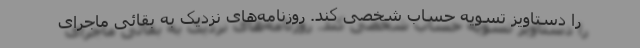
را دستاویز تسویه حساب شخصی کند. روزنامه‌های نزدیک به بقائی ماجرای